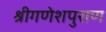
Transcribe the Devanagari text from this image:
श्रीगणेशपुराण